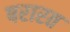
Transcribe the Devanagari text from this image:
षरारत